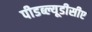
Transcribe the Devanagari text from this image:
पीडब्ल्यूडीसीए